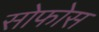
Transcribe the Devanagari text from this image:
सोफोस